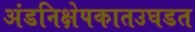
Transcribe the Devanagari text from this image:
अंडनिक्षेपकातउघडत